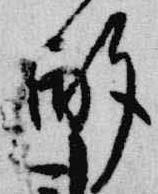
酌